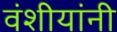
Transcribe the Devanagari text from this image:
वंशीयांनी